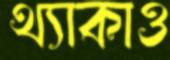
থ্যাকাও